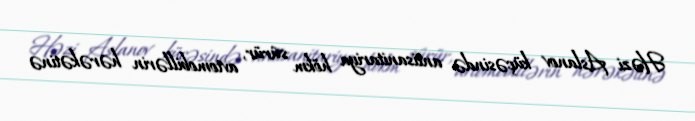
Həzi Aslanov küçəsində antisanitariya hökm sürür, avtomobillərin hərəkətinə